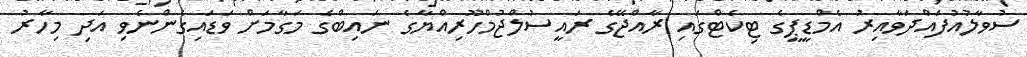
ސުވާލުއުފައްދަވާއިރު އެމްޑީޕީގެ ޓިކެޓްގައި ރާއްޖޭގެ ރައީސުލްޖުމްހޫރިއްޔާގެ ނައިބްގެ މަގާމަށް ވަޑައިގެންނެވި އަދި މިހާރު